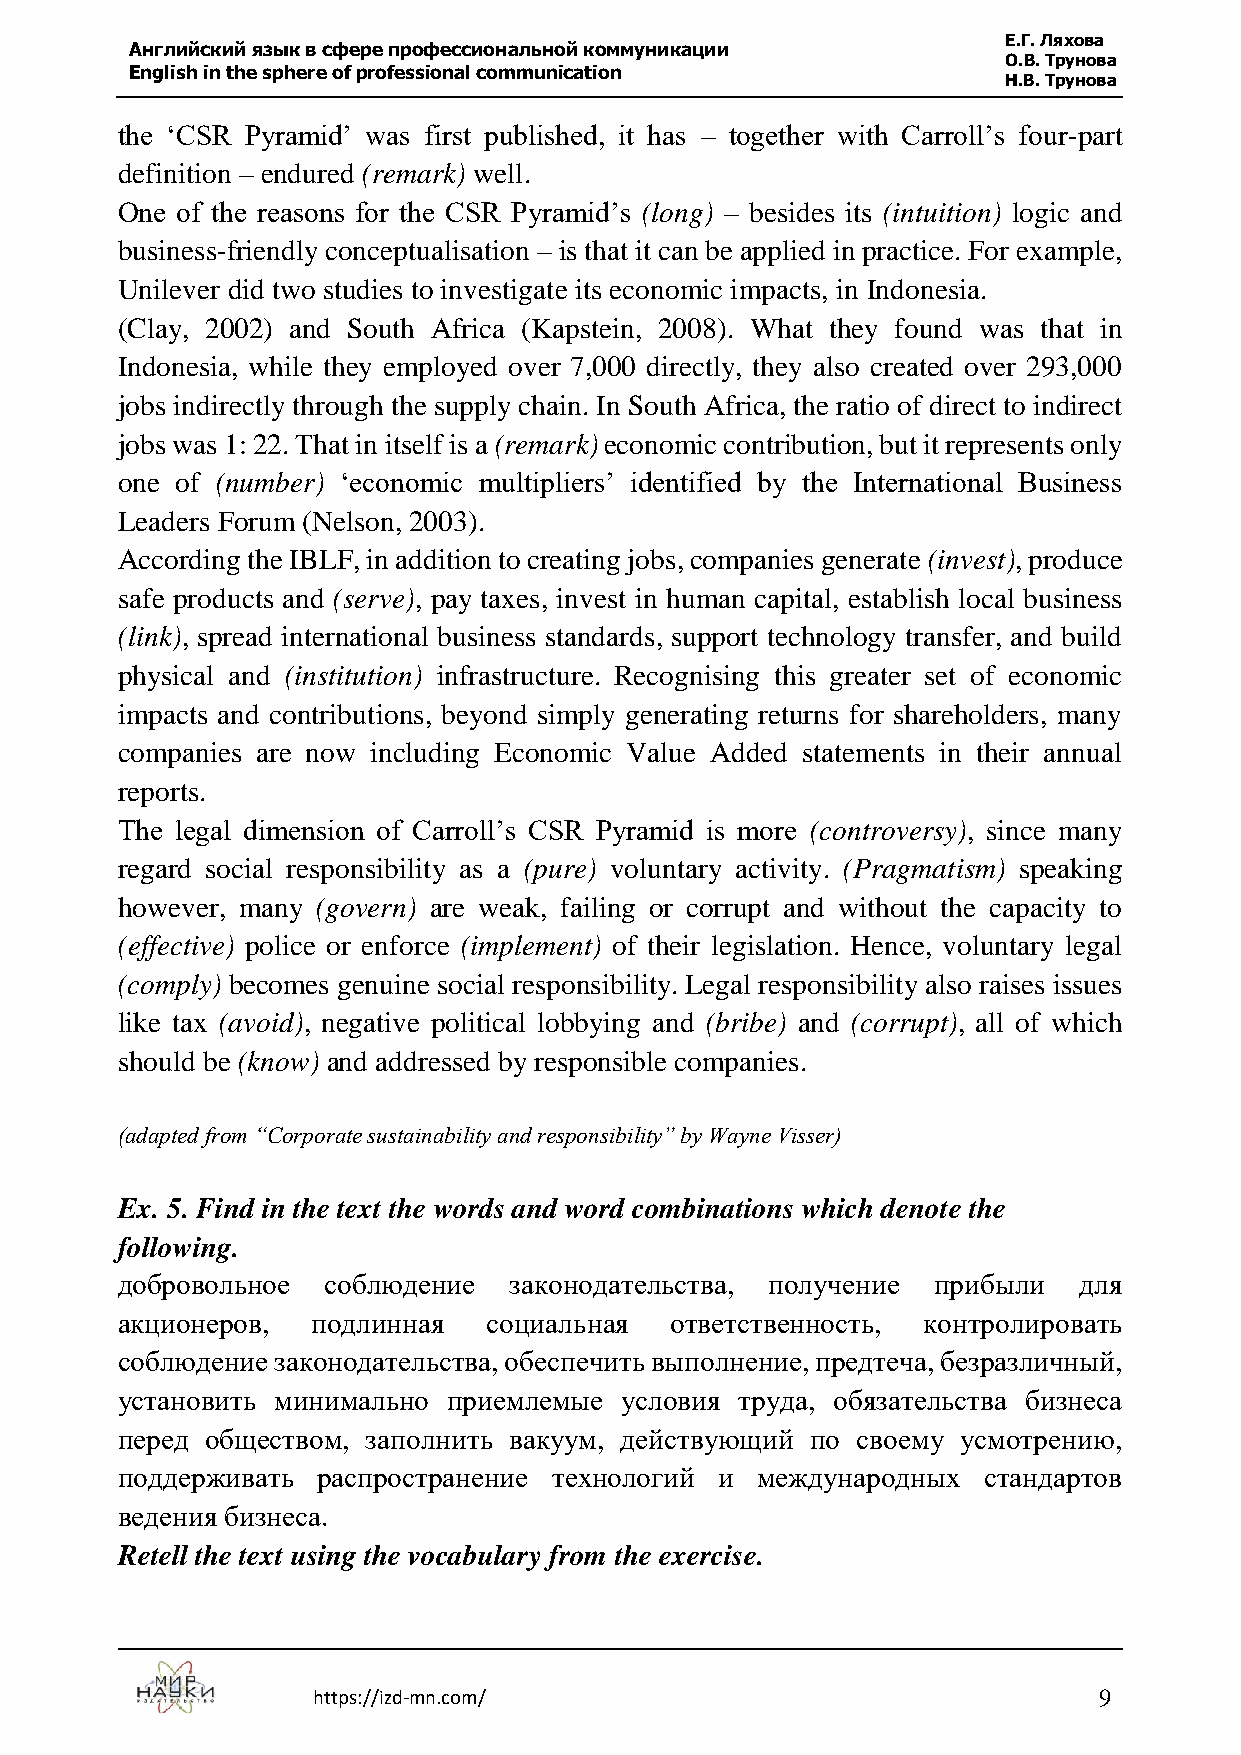
Е.Г. Ляхова
 Английский язык в сфере профессиональной коммуникации
 О.В. Трунова
 English in the sphere of professional communication
 Н.В. Трунова
 the ‘CSR Pyramid’ was first published, it has – together with Carroll’s four-part
 definition – endured (remark) well.
 One of the reasons for the CSR Pyramid’s (long) – besides its (intuition) logic and
 business-friendly conceptualisation – is that it can be applied in practice. For example,
 Unilever did two studies to investigate its economic impacts, in Indonesia.
 (Clay, 2002) and South Africa (Kapstein, 2008). What they found was that in
 Indonesia, while they employed over 7,000 directly, they also created over 293,000
 jobs indirectly through the supply chain. In South Africa, the ratio of direct to indirect
 jobs was 1: 22. That in itself is a (remark) economic contribution, but it represents only
 one of (number) ‘economic multipliers’ identified by the International Business
 Leaders Forum (Nelson, 2003).
 According the IBLF, in addition to creating jobs, companies generate (invest), produce
 safe products and (serve), pay taxes, invest in human capital, establish local business
 (link), spread international business standards, support technology transfer, and build
 physical and (institution) infrastructure. Recognising this greater set of economic
 impacts and contributions, beyond simply generating returns for shareholders, many
 companies are now including Economic Value Added statements in their annual
 reports.
 The legal dimension of Carroll’s CSR Pyramid is more (controversy), since many
 regard social responsibility as a (pure) voluntary activity. (Pragmatism) speaking
 however, many (govern) are weak, failing or corrupt and without the capacity to
 (effective) police or enforce (implement) of their legislation. Hence, voluntary legal
 (comply) becomes genuine social responsibility. Legal responsibility also raises issues
 like tax (avoid), negative political lobbying and (bribe) and (corrupt), all of which
 should be (know) and addressed by responsible companies.
 (adapted from “Corporate sustainability and responsibility” by Wayne Visser)
 Ex. 5. Find in the text the words and word combinations which denote the
 following.
 добровольное  соблюдение  законодательства, получение прибыли  для
 акционеров,  подлинная  социальная  ответственность, контролировать
 соблюдение законодательства, обеспечить выполнение, предтеча, безразличный,
 установить минимально приемлемые условия труда, обязательства бизнеса
 перед обществом, заполнить вакуум, действующий по своему усмотрению,
 поддерживать распространение технологий и международных  стандартов
 ведения бизнеса.
 Retell the text using the vocabulary from the exercise.
 https://izd-mn.com/                                 9